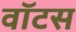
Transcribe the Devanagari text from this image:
वॉटस